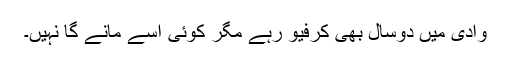
وادی میں دوسال بھی کرفیو رہے مگر کوئی اسے مانے گا نہیں۔